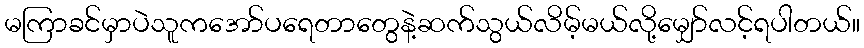
မကြာခင်မှာပဲသူကအော်ပရေတာတွေနဲ့ဆက်သွယ်လိမ့်မယ်လို့မျှော်လင့်ရပါတယ်။